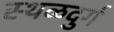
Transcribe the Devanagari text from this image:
स्थळदुर्ग